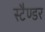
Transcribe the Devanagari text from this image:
स्टैण्डर